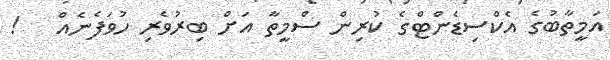
އަމީތާބުގެ އެކްސިޑެންޓްގެ ކުރިން ސްމީތާ އަށް ބިރުވެރި ހުވަފެނެއް   !